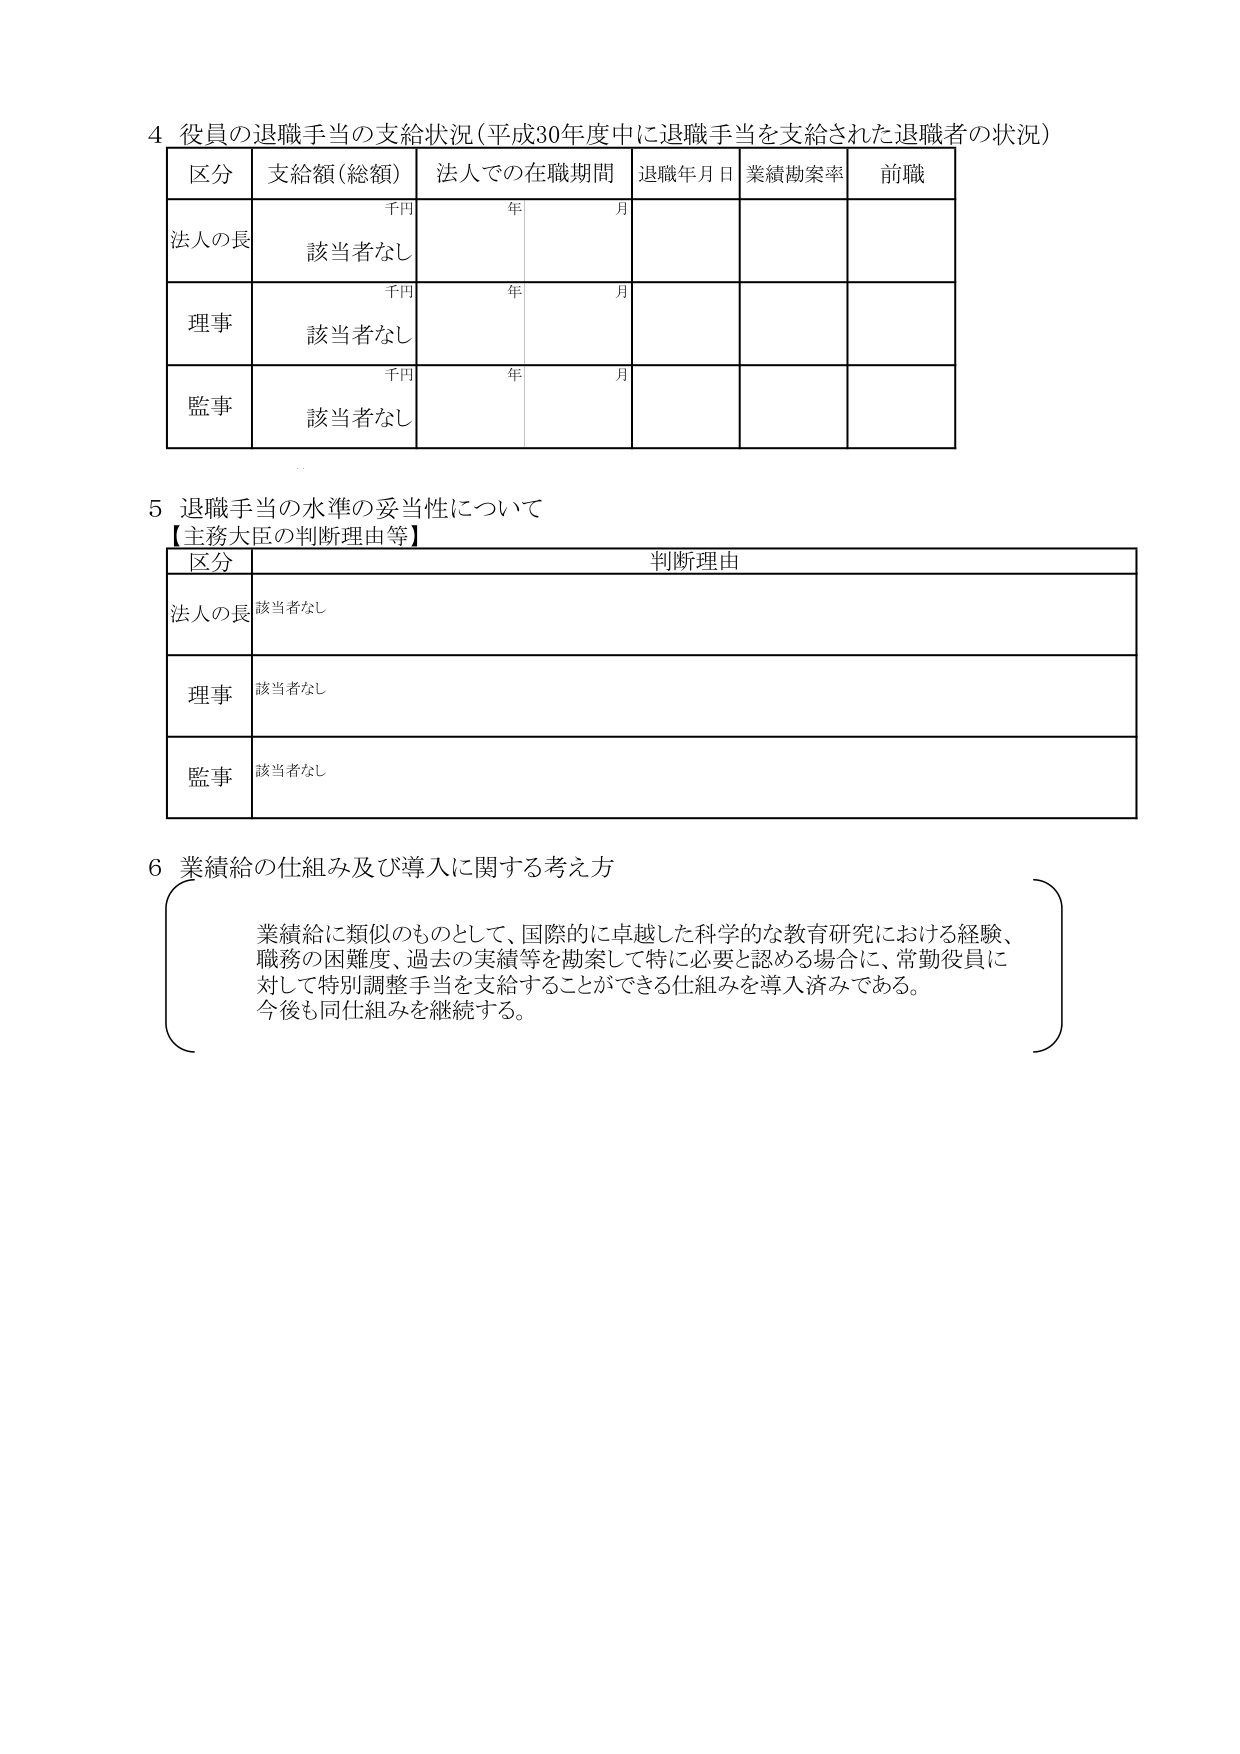
4 役員の退職手当の支給状況（平成30年度中に退職手当を支給された退職者の状況）

区分　支給額（総額）　法人での在職期間　退職年月日　業績勘案率　前職

千円　年　月
法人の長　該当者なし

千円　年　月
理事　該当者なし

千円　年　月
監事　該当者なし

5 退職手当の水準の妥当性について
【主務大臣の判断理由等】

区分　判断理由

法人の長　該当者なし

理事　該当者なし

監事　該当者なし

6 業績給の仕組み及び導入に関する考え方

業績給に類似のものとして、国際的に卓越した科学的な教育研究における経験、
職務の困難度、過去の実績等を勘案して特に必要と認める場合に、常勤役員に
対して特別調整手当を支給することができる仕組みを導入済みである。
今後も同仕組みを継続する。